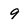
Character: 9